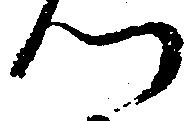
つ